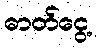
ဓာတ်ငွေ့